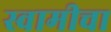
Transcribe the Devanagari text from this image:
स्वामीचा